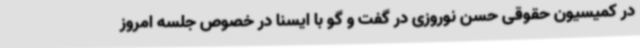
در کمیسیون حقوقی حسن نوروزی در گفت و گو با ایسنا در خصوص جلسه امروز